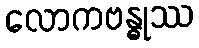
လောကဗန္ဓုဿ